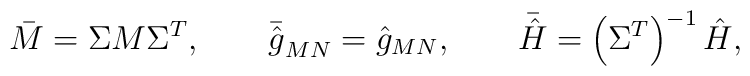
\bar{M} = \Sigma M \Sigma^T, \qquad \bar{\hat{g}}_{MN} = \hat{g}_{MN} , \qquad \bar{\hat{H}} = \left( \Sigma^T \right)^{-1} \hat{H}  ,